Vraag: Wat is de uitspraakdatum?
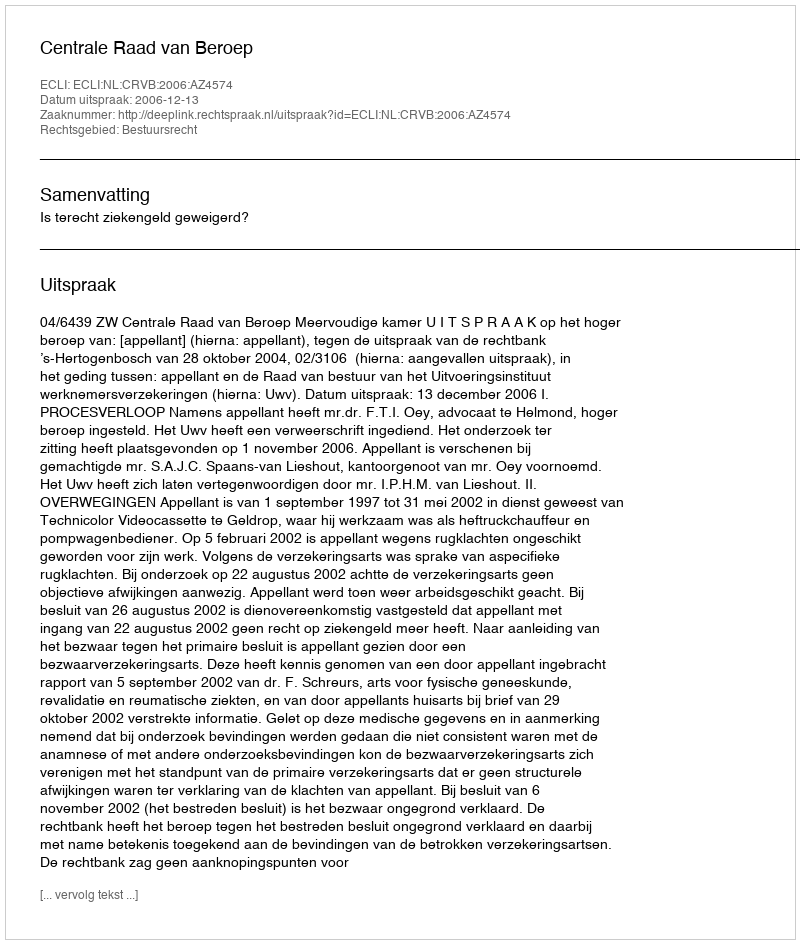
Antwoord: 2006-12-13